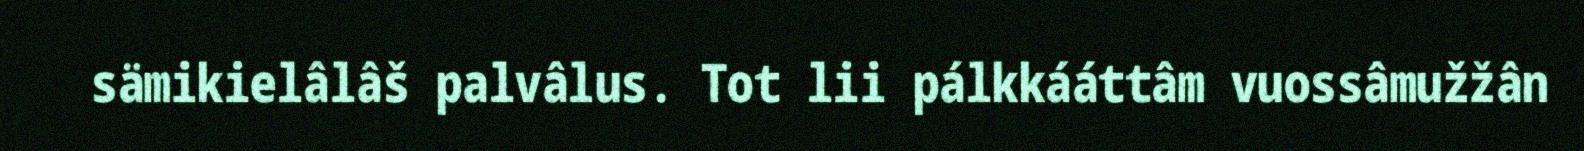
sämikielâlâš palvâlus. Tot lii pálkkááttâm vuossâmužžân